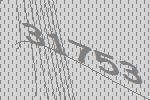
31753